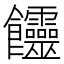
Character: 𩟽